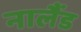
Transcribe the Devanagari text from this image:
नालैंड